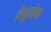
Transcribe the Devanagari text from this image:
टेबूलेन